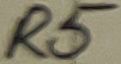
Text: R5